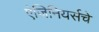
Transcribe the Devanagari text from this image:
एंजिनियर्सचे